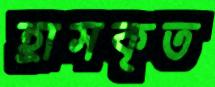
হ্রাসকৃত